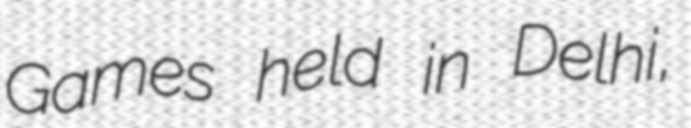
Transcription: Games held in Delhi,